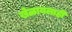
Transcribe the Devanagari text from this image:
खेळायलाही